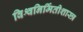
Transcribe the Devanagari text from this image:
विश्वनिर्मितीशास्त्र